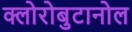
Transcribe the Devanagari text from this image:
क्लोरोबुटानोल